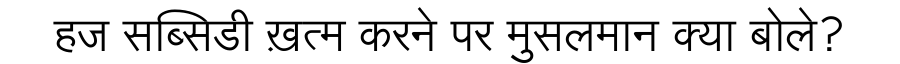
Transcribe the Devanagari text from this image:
हज सब्सिडी ख़त्म करने पर मुसलमान क्या बोले?